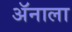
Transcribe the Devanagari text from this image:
ॲनाला